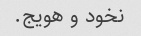
نخود و هویج.